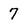
Character: 7